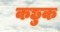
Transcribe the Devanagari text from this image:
कछुक